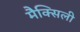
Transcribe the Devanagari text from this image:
मैक्सिली